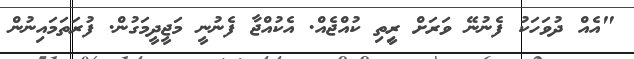
"އެއް ދުވަހަކު ފެނުނޭ ވަރަށް ރީިތި ކުއްޖެއް. އެކުއްޖާ ފެނުނީ މަޖީދީމަގުން. ފުރަތަމައިނުން